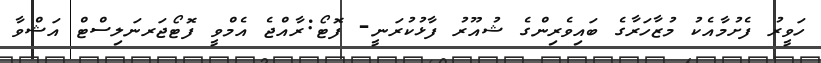
ހަވީރު ފެށުމާއެކު މުޒާހަރާގެ ބައިވެރިންގެ ޝުއޫރު ފާޅުކުރަނީ- ފޮޓޯ:ރާއްޖެ އެމްވީ ފޮޓޯޖަރނަލިސްޓް އަޝްވާ